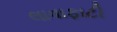
લાવાફાટી